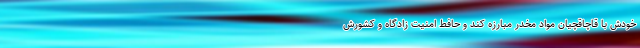
خودش با قاچاقچیان مواد مخدر مبارزه کند و حافط امنیت زادگاه و کشورش